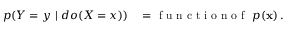
\begin{array} { r l } { p ( Y = y ~ \vert ~ d o ( X = x ) ) } & { { } = \mathrm { ~ f ~ u ~ n ~ c ~ t ~ i ~ o ~ n ~ o ~ f ~ } ~ p ( \mathbf { x } ) \, . } \end{array}